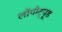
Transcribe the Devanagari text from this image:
लॉगीट्यूड